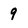
Character: 9